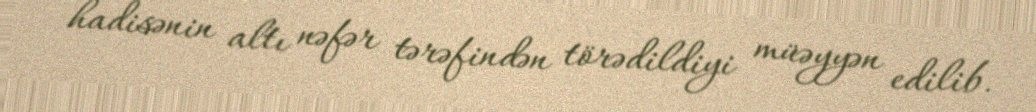
hadisənin altı nəfər tərəfindən törədildiyi müəyyən edilib.